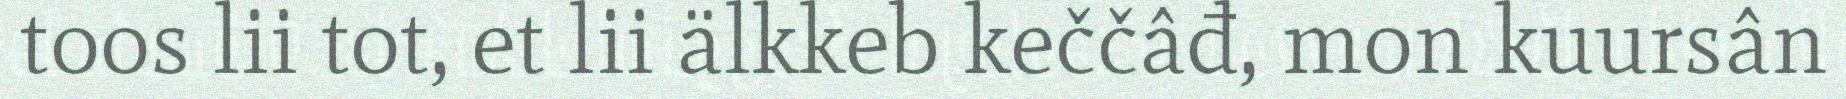
toos lii tot, et lii älkkeb keččâđ, mon kuursân